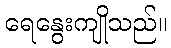
ရေနွေးကျိုသည်။